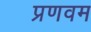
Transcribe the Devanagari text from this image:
प्रणवम